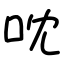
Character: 㕪